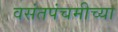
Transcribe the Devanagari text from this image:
वसंतपंचमीच्या